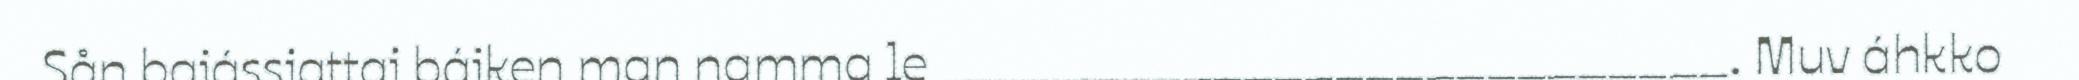
Sån bajássjattaj bájken man namma le __________________________. Muv áhkko